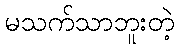
မသက်သာဘူးတဲ့